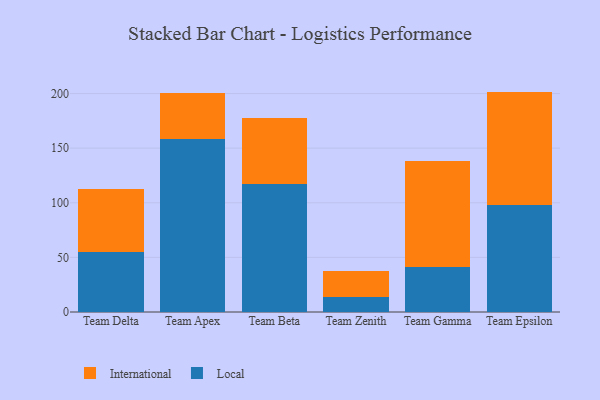
{"axis": {"x": "Team", "y": "Gross Profit (USD K)"}, "legend": ["International", "Local"], "data": [{"x": "Team Delta", "y": 54.6, "type": "Local"}, {"x": "Team Delta", "y": 57.8, "type": "International"}, {"x": "Team Apex", "y": 158.1, "type": "Local"}, {"x": "Team Apex", "y": 42.3, "type": "International"}, {"x": "Team Beta", "y": 117.0, "type": "Local"}, {"x": "Team Beta", "y": 60.8, "type": "International"}, {"x": "Team Zenith", "y": 14.1, "type": "Local"}, {"x": "Team Zenith", "y": 23.0, "type": "International"}, {"x": "Team Gamma", "y": 41.6, "type": "Local"}, {"x": "Team Gamma", "y": 96.7, "type": "International"}, {"x": "Team Epsilon", "y": 98.2, "type": "Local"}, {"x": "Team Epsilon", "y": 103.6, "type": "International"}]}